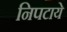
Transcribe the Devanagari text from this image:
निपटाये